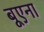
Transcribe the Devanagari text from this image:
बूएना